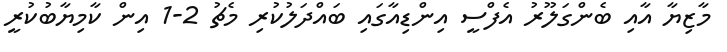
މާޒިޔާ އާއި ބެންގަލޫރު އެފްސީ އިންޑިއާގައި ބައްދަލުކުރި މެޗު 2-1 އިން ކާމިޔާބުކުރީ